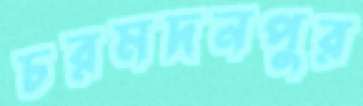
চরমদনপুর